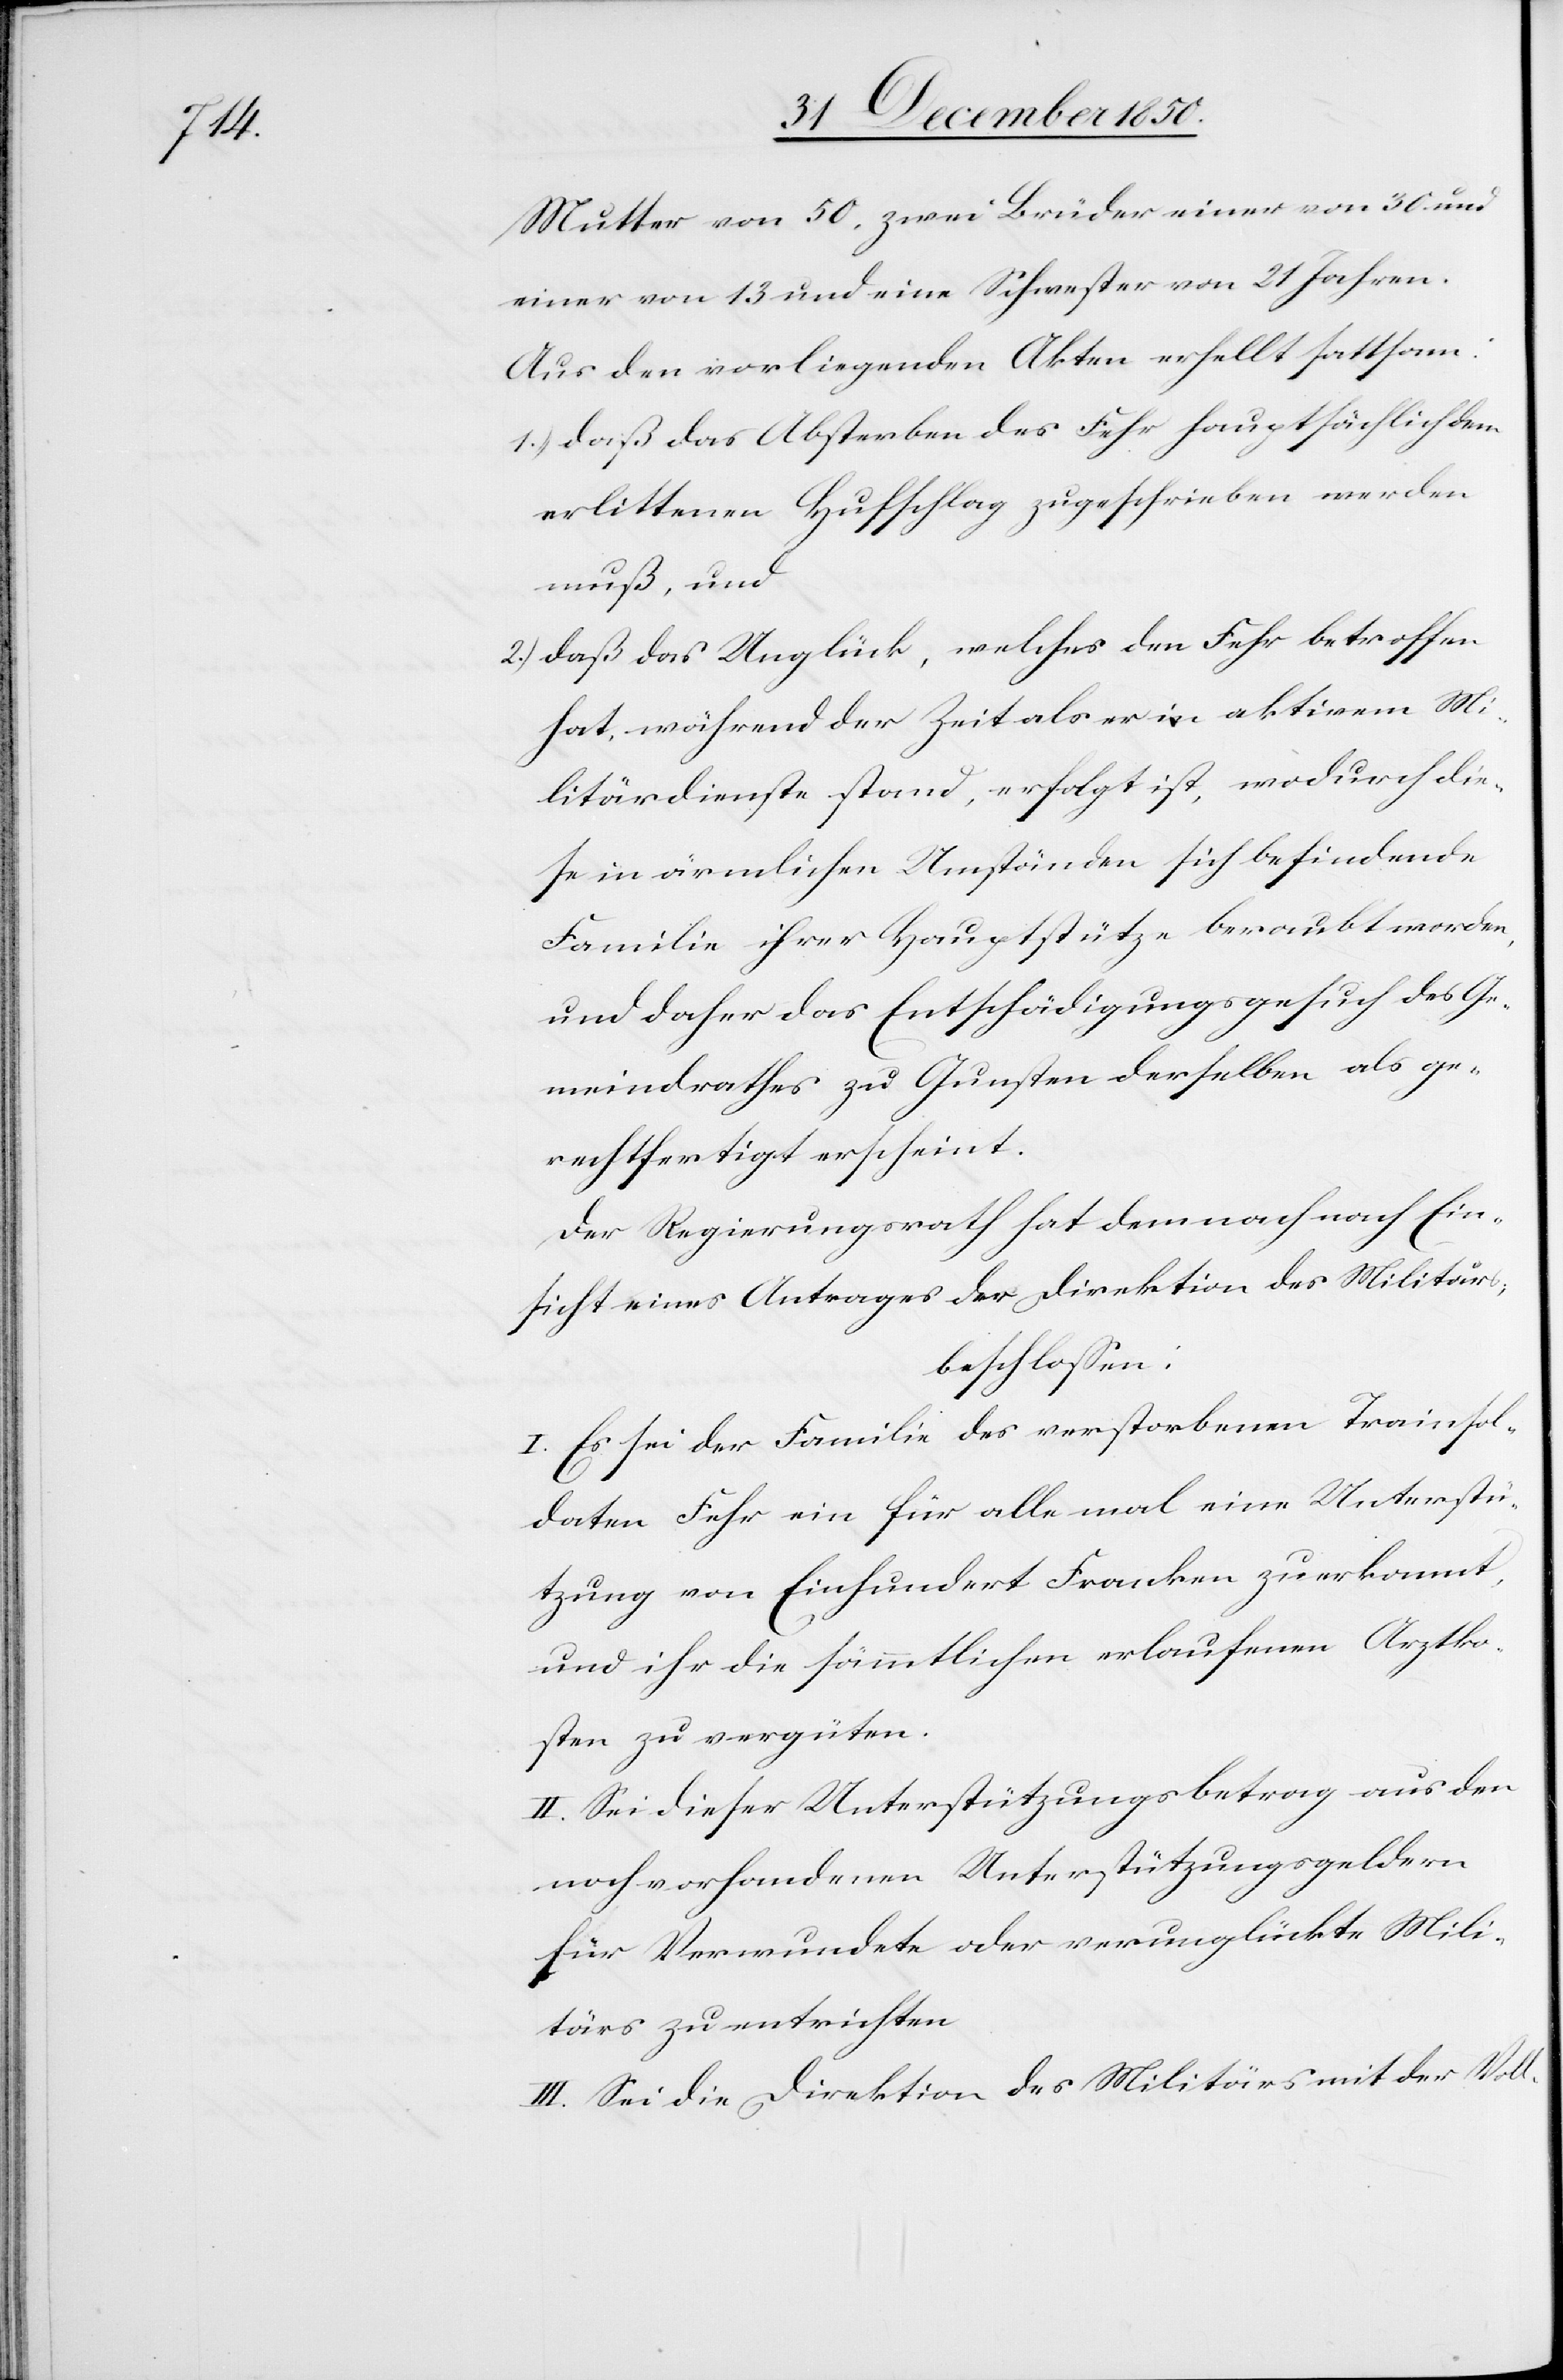
Mutter von 50, zwei Brüder einer von 30 und
einer von 13 und eine Schwester von 21 Jahren.
Aus den vorliegenden Akten erhellt sattsam:
1.) daß das Absterben des Fehr hauptsächlich dem
erlittenen Hufschlag zugeschrieben werden
muß, und
2.) daß das Unglück, welches den Fehr betroffen
hat, während der Zeit als er in aktivem Mi¬
litärdienste stand, erfolgt ist, wodurch die¬
se in ärmlichen Umständen sich befindende
Familie ihrer Hauptstütze beraubt worden,
und daher das Entschädigungsgesuch des Ge¬
meindrathes zu Gunsten derselben als ge¬
rechtfertigt erscheint.
Der Regierungsrath hat demnach nach Ein¬
sicht eines Antrages der Direktion des Militärs;
beschlossen:
I. Es sei der Familie des verstorbenen Trainsol¬
daten Fehr ein für alle mal eine Unterstü¬
tzung von Einhundert Franken zuerkannt,
und ihr die sämmtlichen erlaufenen Arztko¬
sten zu vergüten.
II. Sei dieser Unterstützungsbeitrag aus den
noch vorhandenen Unterstützungsgeldern
für Verwundete oder verunglückte Mili¬
tärs zu entrichten.
III. Sei die Direktion des Militärs mit der Voll-